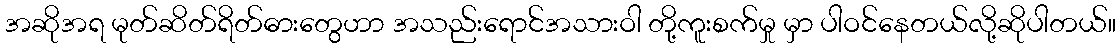
အဆိုအရ မုတ်ဆိတ်ရိတ်ဓားတွေဟာ အသည်းရောင်အသားဝါ တို့ကူးစက်မှု မှာ ပါဝင်နေတယ်လို့ဆိုပါတယ်။